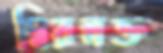
দ্বিরম্নক্ত